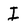
Character: I